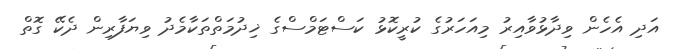
އަދި އެހެން ވިދާޅުވާއިރު މިއަހަރުގެ ކުރީކޮޅު ކަސްޓަމްސްގެ ޚިދުމަތްތަކާމެދު ވިޔަފާރިން ދެކޭ ގޮތް